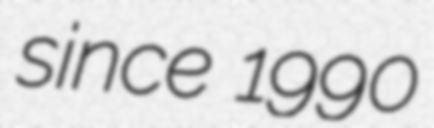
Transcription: since 1990